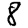
Digit: 8